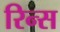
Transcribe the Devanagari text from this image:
रिन्स